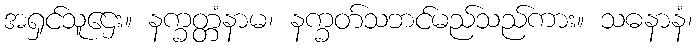
အရှင်သူဌေး။ နက္ခတ္တံနာမ၊ နက္ခတ်သဘင်မည်သည်ကား။ သဓနာနံ၊